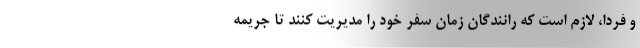
و فردا، لازم است که رانندگان زمان سفر خود را مدیریت کنند تا جریمه